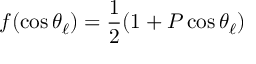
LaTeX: f ( \cos \theta _ { \ell } ) = \frac { 1 } { 2 } ( 1 + P \cos \theta _ { \ell } )